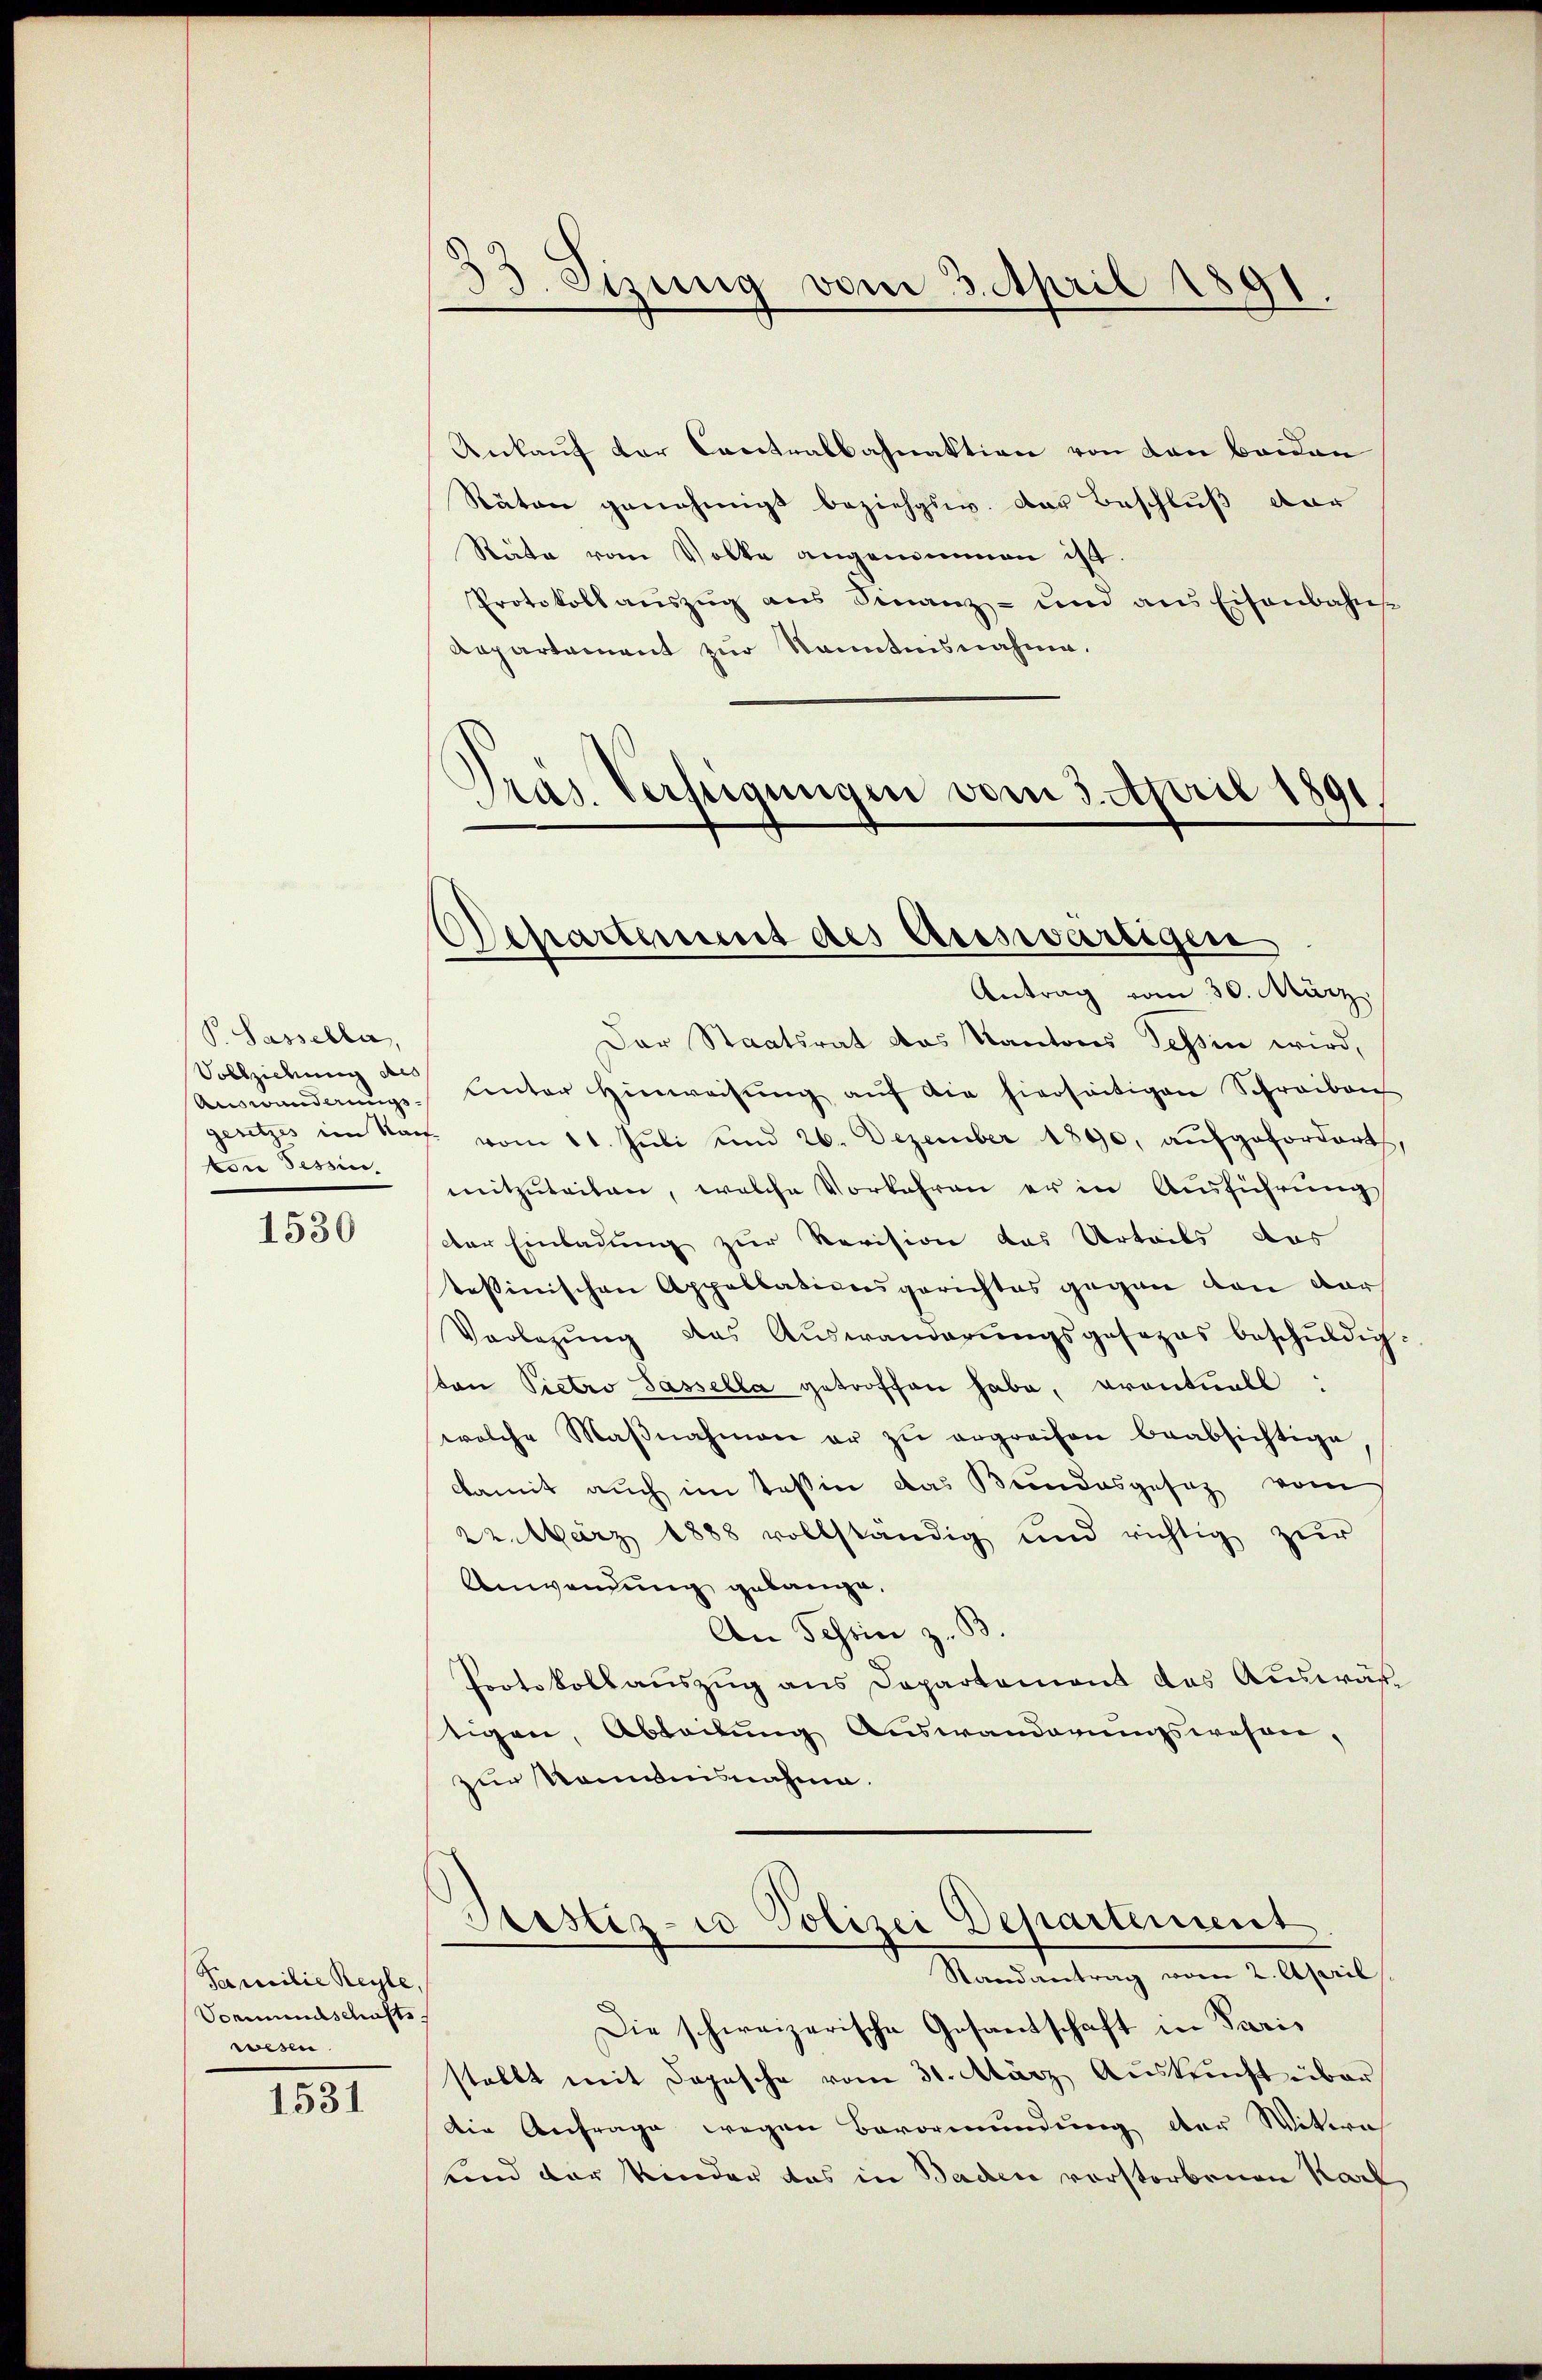
P. Sassella,
Vollzidung des
Auswanderungs¬
Edie Tessin.

1530

Familie Reyle
Vormundschafts
wesen.

1531

d. Sizung vom 3. April 1891.

Ankauf der Contralbahnaktion von den beiden
Räten genehmigt bezieht. Der Beschluß dar
Räte vom Volke angenommen ist.
Protokoll auszug aus Finanz- und ans Eisenbahns
Repartement zur Kenntnisnahme.
.
Präs. Verfügungen vom 3. April 1891

Separtement des Auswärtigen
Antrag vom 30. März.

Der Staatsrat das Kantons Tessin wird,
Unter Hinweisŭng auf die hierseitigen Schreiben
gesetzes im Rat vom 11. Jŭli und 26. Dezember 1890, aŭfgefordert,
mitzuteilen, welche Vorkehren er in Ausführung
der Einladung zur Revision das Urteils das
testinischen Appellationsgerichtes gegen von dar
Vorlegung das Auswanderungsgesezes beschuldigton Pietro Sassella getroffen habe, Krontuell:
welche Maβnahmen er zŭ ergreifen beabsichtige
damit auch im Teßin das Bundesgesez vom
22. März 1888 vollständig und richtig zŭr
Anwendung gelange.
An Schein z. B.
Protokollauszug aus Departement des Auswähtigen, Abteilung Auswanderungswesen,
zur Rommnisnahme.
)
Bestiz-co Polizei Departement
Randantrag vom 2. April
Die schweizerische Gesandschaft in Paris
stellt mit Depesche vom 31. März Auskunft über
Die Anfrage wegen Bevormundung der Witwe
und der Kinder das in Baden vorstorbenen Karl